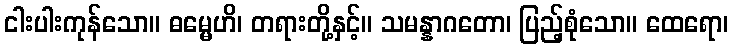
ငါးပါးကုန်သော။ ဓမ္မေဟိ၊ တရားတို့နှင့်။ သမန္နာဂတော၊ ပြည့်စုံသော။ ထေရော၊